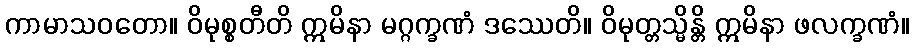
ကာမာသဝတော။ ဝိမုစ္စတီတိ ဣမိနာ မဂ္ဂက္ခဏံ ဒဿေတိ။ ဝိမုတ္တသ္မိန္တိ ဣမိနာ ဖလက္ခဏံ။